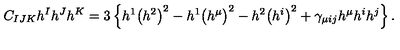
C _ { I J K } h ^ { I } h ^ { J } h ^ { K } = 3 \left\{ h ^ { 1 } \big ( h ^ { 2 } \big ) ^ { 2 } - h ^ { 1 } \big ( h ^ { \mu } \big ) ^ { 2 } - h ^ { 2 } \big ( h ^ { i } \big ) ^ { 2 } + \gamma _ { \mu i j } h ^ { \mu } h ^ { i } h ^ { j } \right\} .